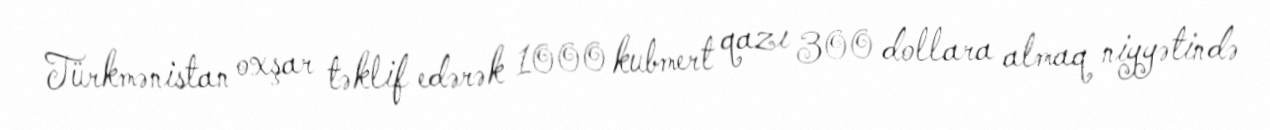
Türkmənistan oxşar təklif edərək 1000 kubmert qazı 300 dollara almaq niyyətində